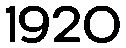
1920